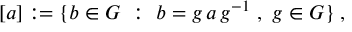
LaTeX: [ a ] : = \{ b \in G ~ : ~ b = g \, a \, g ^ { - 1 } \; , ~ g \in G \} \; ,